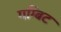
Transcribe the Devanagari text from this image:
गम्बिट